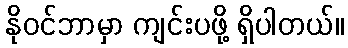
နိုဝင်ဘာမှာ ကျင်းပဖို့ ရှိပါတယ်။